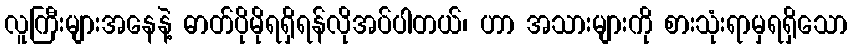
လူကြီးများအနေနဲ့ ဓာတ်ပိုမိုရရှိရန်လိုအပ်ပါတယ်၊ ဟာ အသားများကို စားသုံးရာမှရရှိသော